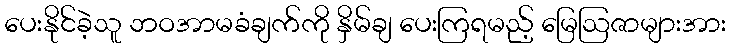
ပေးနိုင်ခဲ့သူ ဘဝအာမခံချက်ကို နှိမ်ချ ပေးကြရမည့် မြေဩဇာများအား